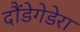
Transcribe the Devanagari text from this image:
दौंडेगेडेरा